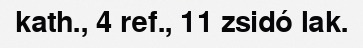
kath., 4 ref., 11 zsidó lak.